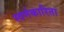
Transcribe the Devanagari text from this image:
स्वर्णकारिता